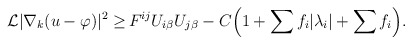
\begin{align*}\begin{aligned} \mathcal{L} |\nabla_k (u - \varphi)|^2 \geq \,& F^{ij} U_{i \beta} U_{j \beta} - C \Big(1 + \sum f_i |\lambda_i| + \sum f_i\Big).\end{aligned}\end{align*}